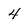
Character: 4